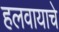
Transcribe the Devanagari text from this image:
हलवायाचे